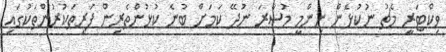
ވިކްޓަރީ މެޗު ނުކުޅެން ނިންމީ މުސާރަ ނުދޭ ކަމަށް ބުނެ ކުޅުންތެރިން ފަރިތަކުރުންތަކުގައި